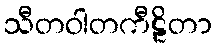
သီတဝါတကီဠိတာ